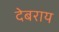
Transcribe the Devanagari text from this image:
देबराय